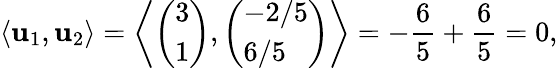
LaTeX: \langle\mathbf{u}_{1},\mathbf{u}_{2}\rangle=\left\langle{\left(\begin{array}{l}{3}\\ {1}\end{array}\right)},{\left(\begin{array}{l}{-2/5}\\ {6/5}\end{array}\right)}\right\rangle=-{\frac{6}{5}}+{\frac{6}{5}}=0,